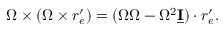
\boldsymbol \Omega \times ( \boldsymbol \Omega \times \boldsymbol r _ { e } ^ { \prime } ) = ( \boldsymbol \Omega \boldsymbol \Omega - \Omega ^ { 2 } \underline { { \mathbf I } } ) \cdot \boldsymbol { r } _ { e } ^ { \prime } .